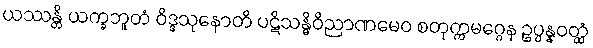
ယဿန္တိ ယက္ခဘူတံ ဝိဒ္ဒသုနောတိ ပဋိသန္ဓိဝိညာဏမေဝ စတုက္ကမဂ္ဂေန ဥပ္ပန္နဝတ္ထံ